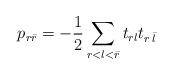
LaTeX: \begin{align*}p_{r\bar r}=-\frac{1}{2}\sum_{r<l<\bar r}t_{rl}t_{r\, \bar l}\end{align*}